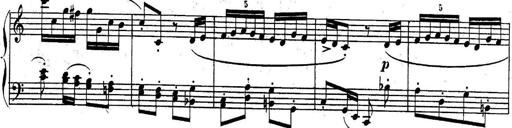
Title: Sonatina for Piano
Composer: BÃ©la BartÃ³k